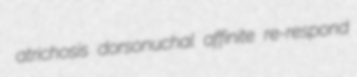
atrichosis dorsonuchal affinite re-respond